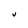
Character: V